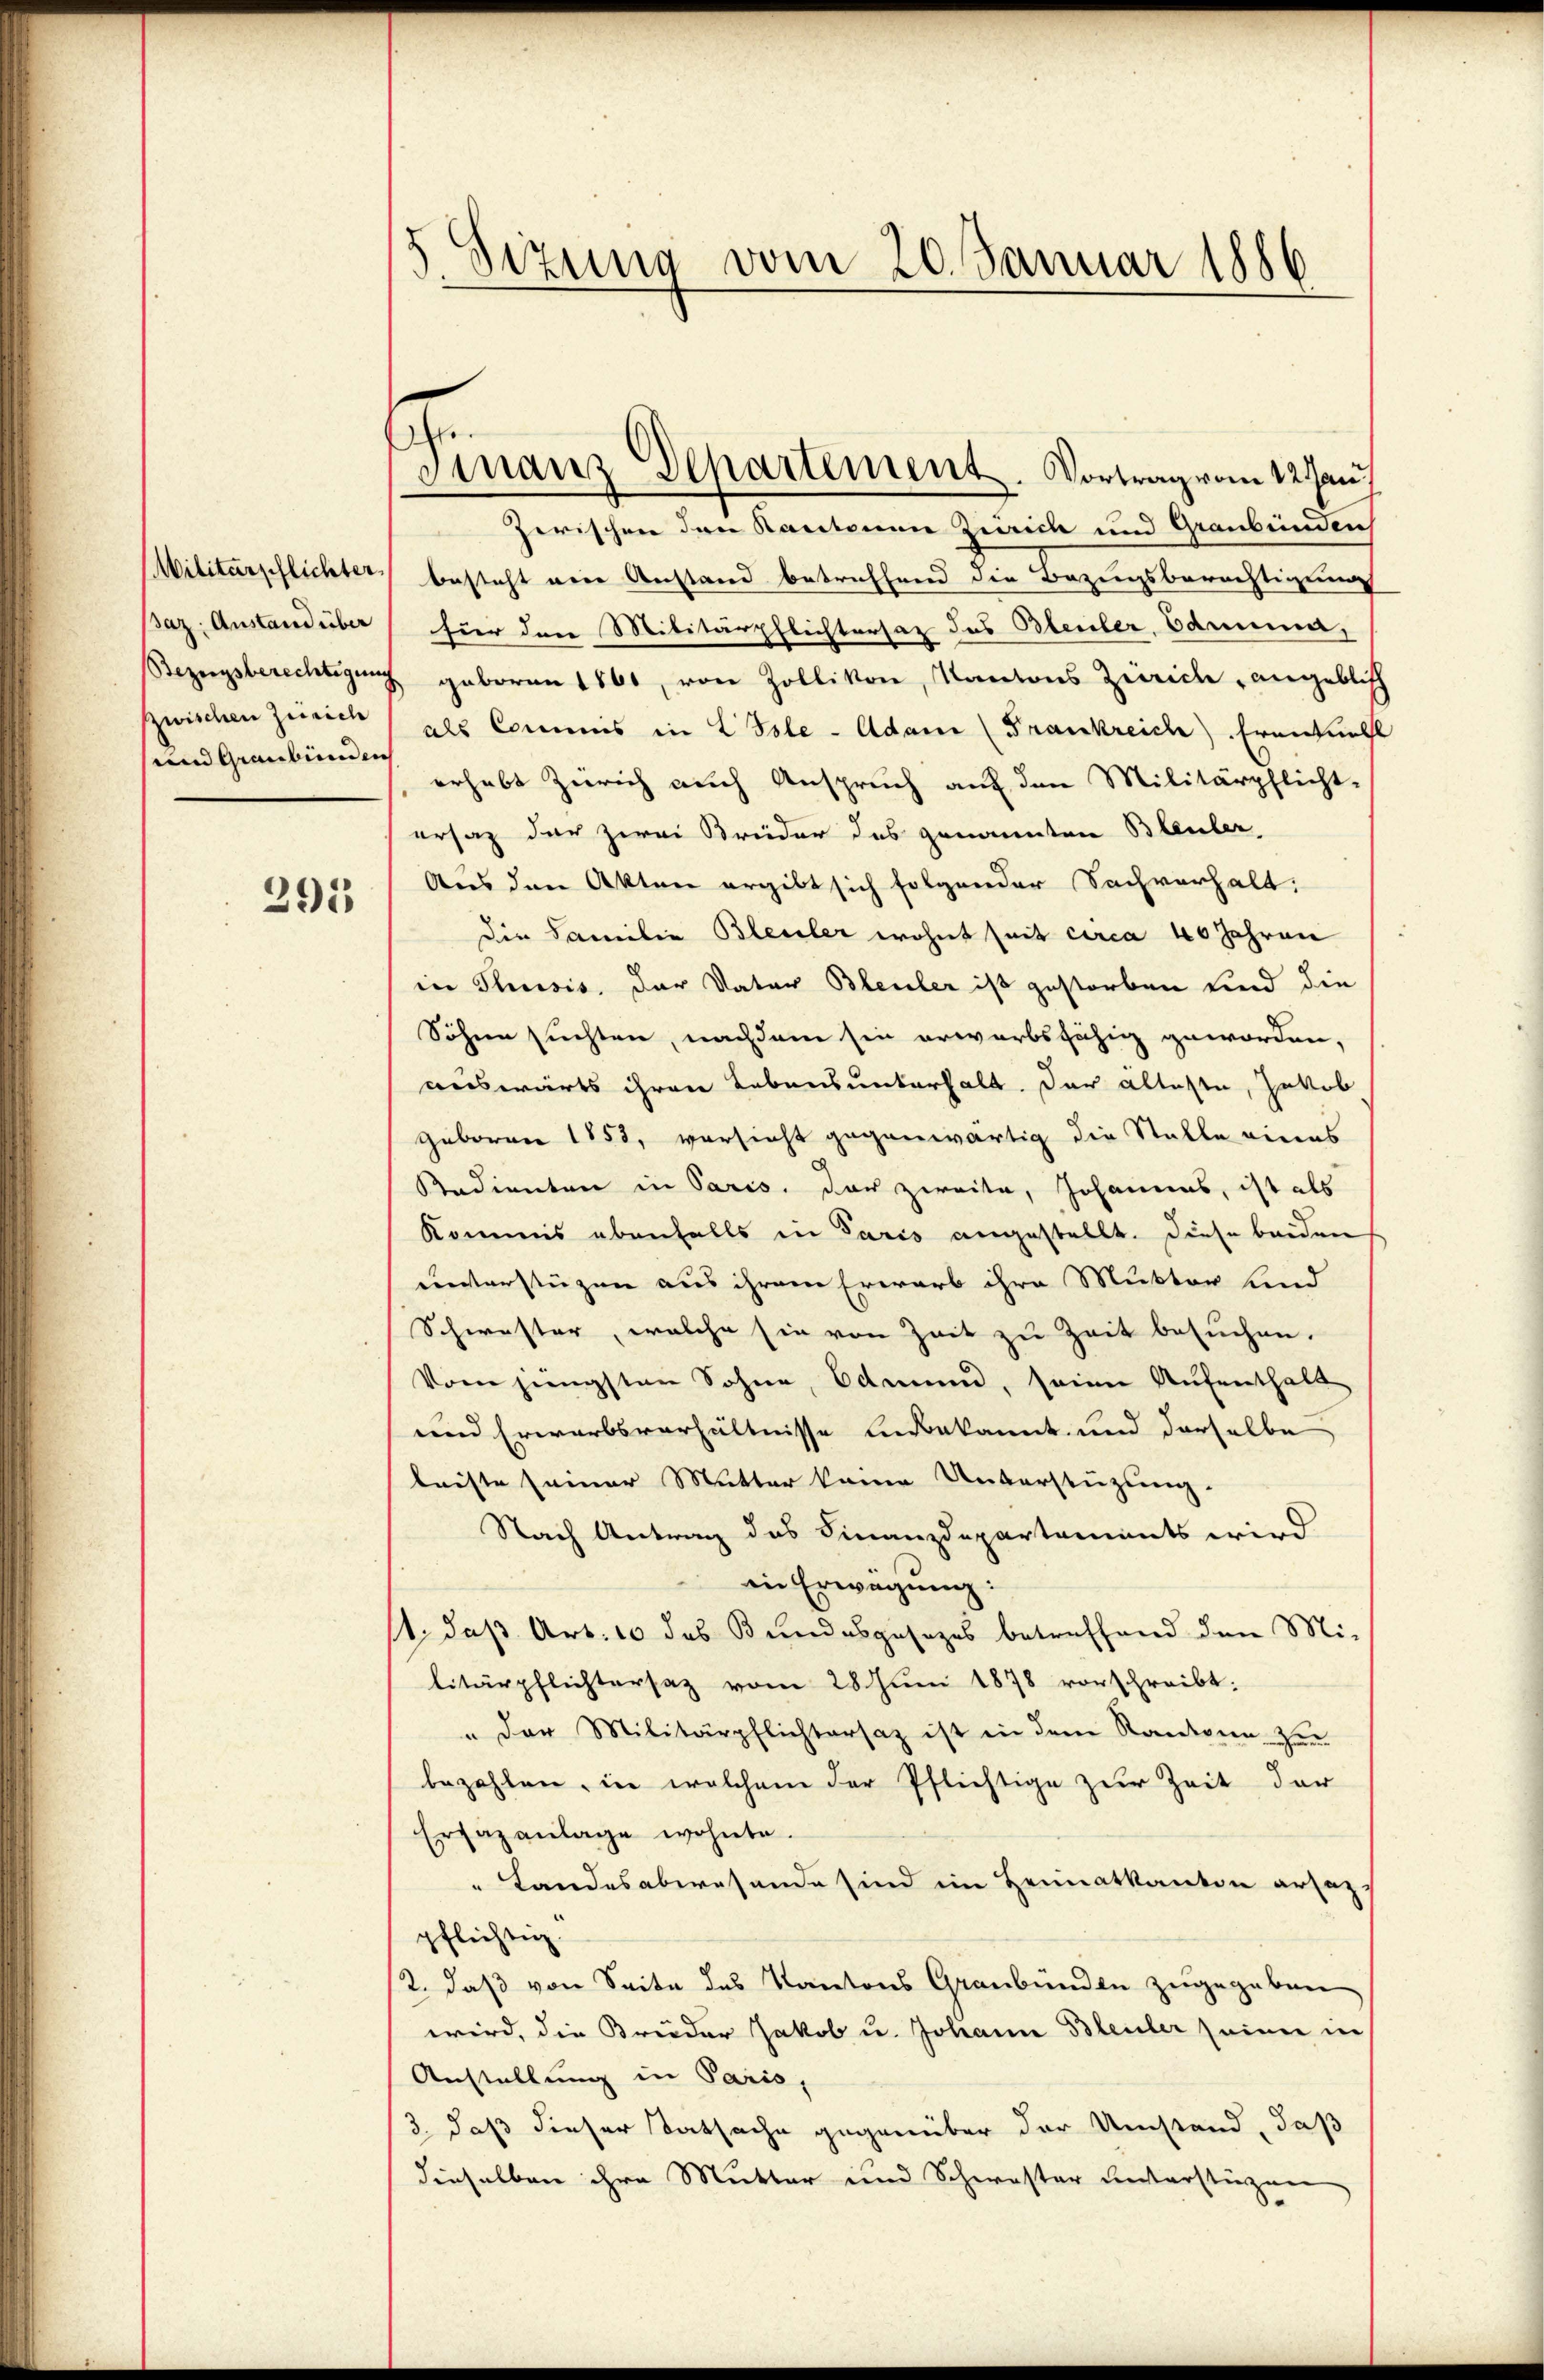
Militärpflichter
saz: Anstand über
zwischen Zürich
und Graubünden

295

5. Sizung vom 20. Januar 1886

Finanz Departement. Vortrag vom 12 Jan

zerischen den Kantonen Zürich und Graubünden
besteht nein Anstand betreffend die Bezugsberechtigung
hier den Militärpflichtersaz das Bleuler, Odamma
Bezeigsberechtigung geboren 1861, von Zollikon, Kantons Zürich, angeblich
als Commis in L Isle - Adam (Frankreich. Ernentuell
erhebt Zürich auch Anspruch auf den Militärpflicht-
ersaz der zwei Breider des genannten Bleuler.
Aus den Akten ergibt sich folgender Sachverhalt:
die Familie Bleuler wohnt seit circa 40 Jahren
in Thusis. Der Vater Bleuler ist gestorben und die
Söhnen suchten, nachdem sie erwarbsfähig geworden,
auswärts ihren Lebensunterhalt. Das älteste, Jakob
geboren 1858, versicht gegenwärtig die Stalle eines
Bedienten in Paris, der zweite, Johannes, ist als
Kommis ebenfalls in Paris angestellt. Diese beiden
unterstüzen aus ihrem Erwarb ihre Mutter sind
Schwester, welche sie von Zeit zu Zeit besuchen.
Vom jüngsten Sohne, Odmund, seiner Aufenthalt
und Erwarbsverhältnisse Endbekannt und derselbe
leiste seiner Mutter keine Unterstützung.
Nach Antrag des Finanzdepartements wird
in Erwägung:
11, daß Art. 10 das Bundesgesezes betreffend den Mi-
litärpflichtersaz vom 28. Juni 1878 vorschreibt:
" der Militärpflichtersaz ist in dem Rantone zu
bezahlen, in welchem der Pflichtige zur Zeit der
Ersazanlage wohnte.
" Landesabwesende sind im Heimatkanton ersaz-
pflichtig.
/2, daß von Seite des Kantons Graubünden zugegeben
wird, die Brüder Jakob u. Johann Bleuler seiner in
Anstellung in Paris,
3, daß dieser Tatsache gegenüber der Umstand, daß
dieselben ihre Mutter und Schwester unterstüzen